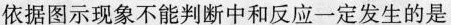
依据图示现象不能判断中和反应一定发生的是